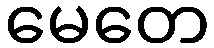
မေတေ